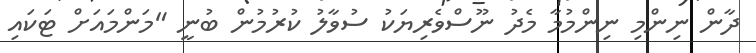
ދާން ނިންމި ނިންމުމާ މެދު ނޫސްވެރިޔަކު ސުވާލު ކުރުމުން ބުނީ "މަންމައަށް ޓަކައި